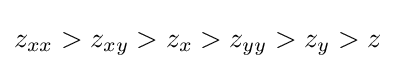
z_{xx}>z_{xy}>z_{x}>z_{yy}>z_{y}>z